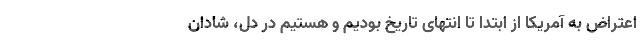
اعتراض به آمریکا از ابتدا تا انتهای تاریخ بودیم و هستیم در دل، شادان